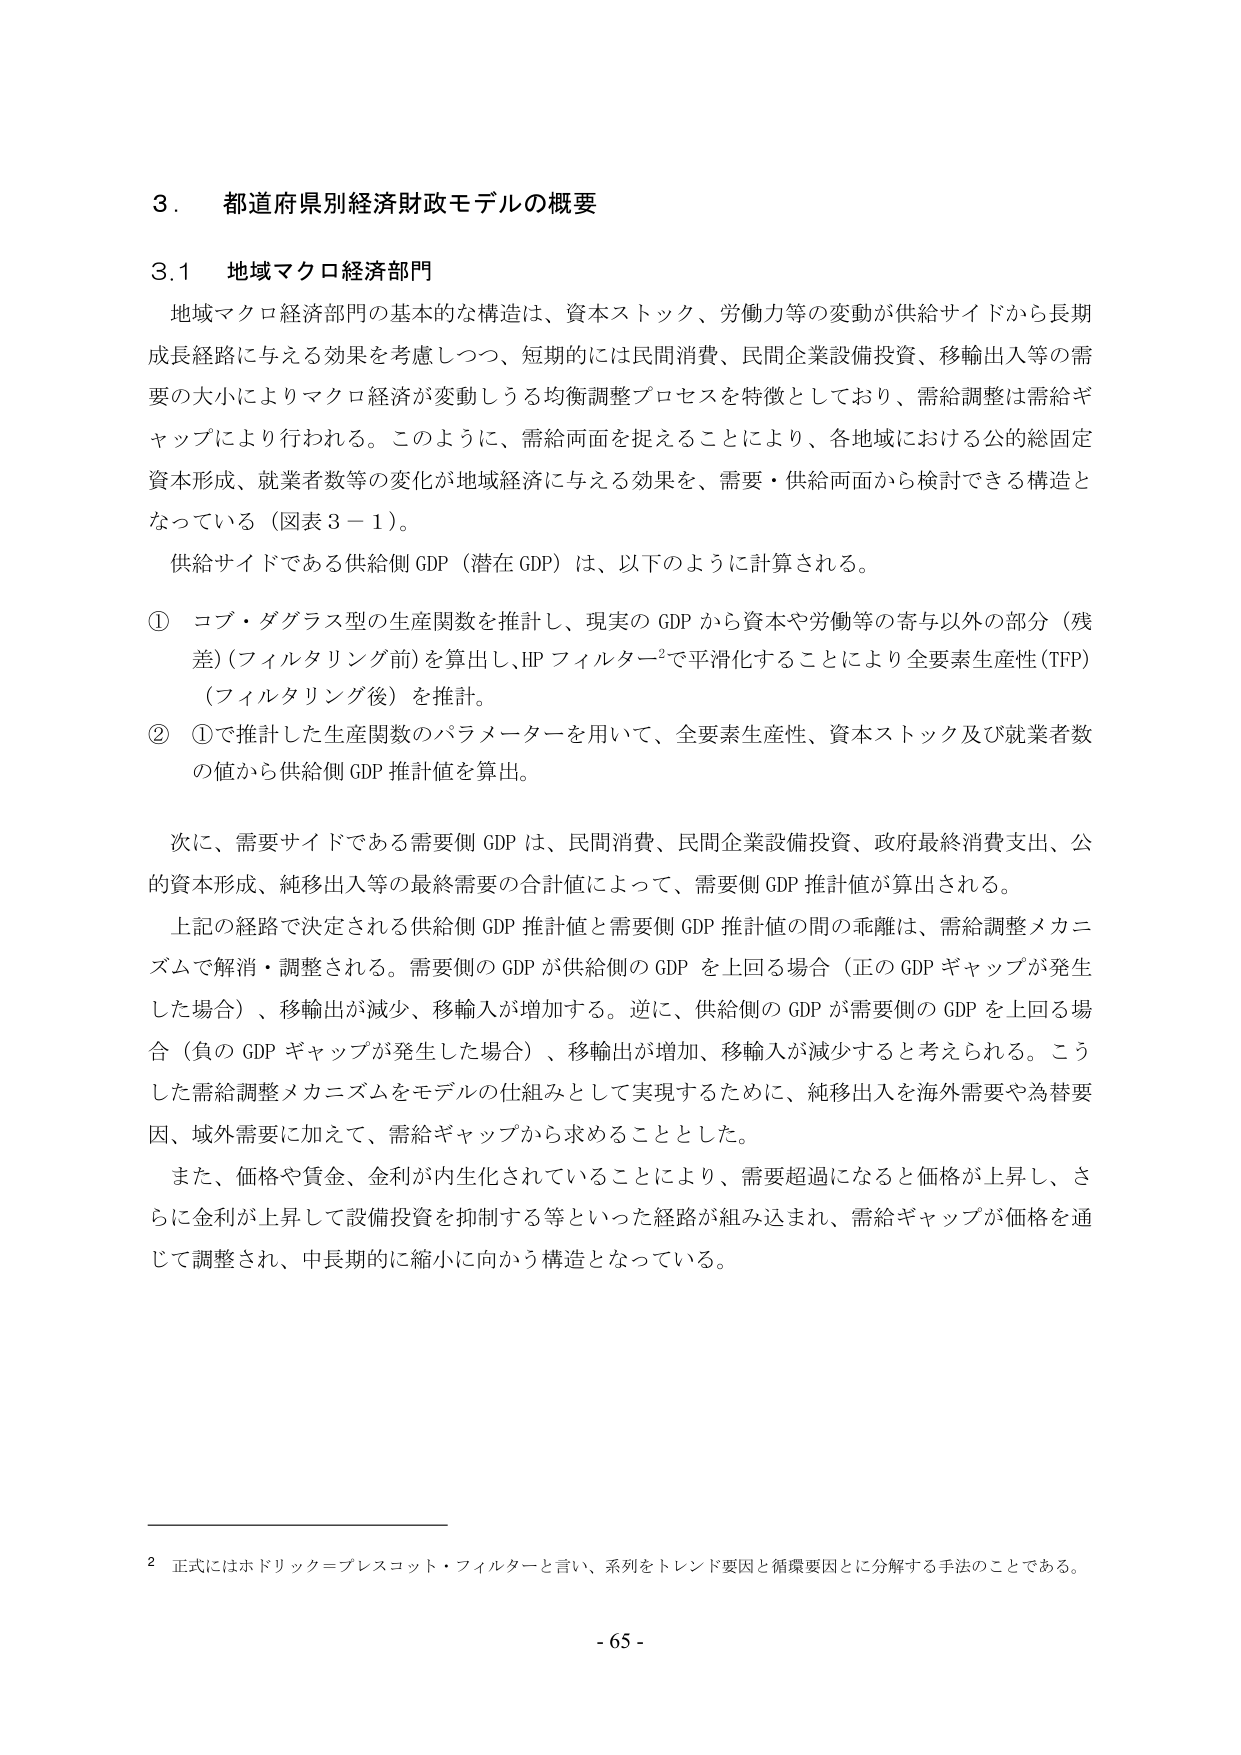
3．都道府県別経済財モデルの概要

3.1 地域マクロ経済部門

地域マクロ経済部門の基本的な構造は、資本ストック、労働力等の変動が供給サイドから長期成長経路に与える効果を考慮しつつ、短期的には民間消費、民間企業設備投資、移輸出入等の需要の大小によりマクロ経済が変動しうる均衡調整プロセスを特徴としており、需給調整は需給ギャップにより行われる。このように、需給両面を捉えることにより、各地域における公的総固定資本形成、就業者数等の変化が地域経済に与える効果を、需要・供給両面から検討できる構造となっている（図表3－1）。

供給サイドである供給側GDP（潜在GDP）は、以下のように計算される。

① コブ・ダグラス型の生産関数を推計し、現実のGDPから資本や労働等の寄与以外の部分（残差）（フィルタリング前）を算出し、HPフィルター²で平滑化することにより全要素生産性（TFP）（フィルタリング後）を推計。

② ①で推計した生産関数のパラメーターを用いて、全要素生産性、資本ストック及び就業者数の値から供給側GDP推計値を算出。

次に、需要サイドである需要側GDPは、民間消費、民間企業設備投資、政府最終消費支出、公的資本形成、純移出入等の最終需要の合計値によって、需要側GDP推計値が算出される。

上記の経路で決定される供給側GDP推計値と需要側GDP推計値の間の乖離は、需給調整メカニズムで解消・調整される。需要側のGDPが供給側のGDPを上回る場合（正のGDPギャップが発生した場合）、移輸出が減少、移輸入が増加する。逆に、供給側のGDPが需要側のGDPを上回る場合（負のGDPギャップが発生した場合）、移輸出が増加、移輸入が減少すると考えられる。こうした需給調整メカニズムをモデルの仕組みとして実現するために、純移出入を海外需要や為替要因、域外需要に加えて、需給ギャップから求めることとした。

また、価格や賃金、金利が内生化されていることにより、需要超過になると価格が上昇し、さらに金利が上昇して設備投資を抑制する等といった経路が組み込まれ、需給ギャップが価格を通じて調整され、中長期的に縮小に向かう構造となっている。

² 正式にはホドリック＝プレスコット・フィルターと言い、系列をトレンド要因と循環要因とに分解する手法のことである。

- 65 -